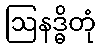
ဩနဒ္ဓိတုံ